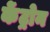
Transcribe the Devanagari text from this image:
केंट्रोन